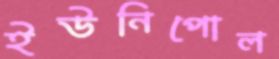
ইউনিপোল